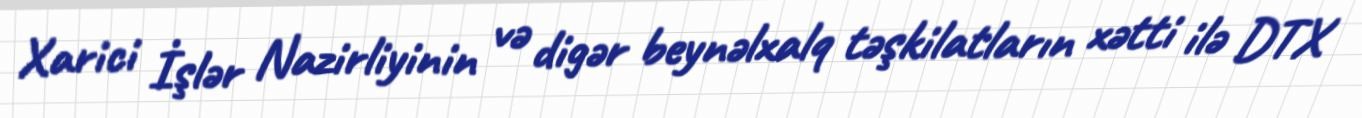
Xarici İşlər Nazirliyinin və digər beynəlxalq təşkilatların xətti ilə DTX